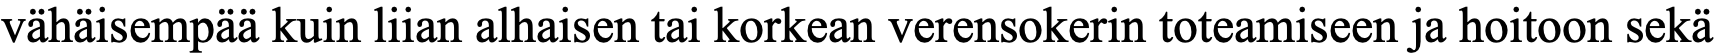
vähäisempää kuin liian alhaisen tai korkean verensokerin toteamiseen ja hoitoon sekä